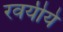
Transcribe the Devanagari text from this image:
रवयीये